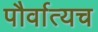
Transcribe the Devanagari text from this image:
पौर्वात्यच